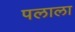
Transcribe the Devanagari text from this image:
पलाला